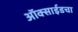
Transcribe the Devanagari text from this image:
ऑक्साईडचा